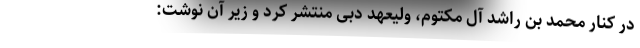
در کنار محمد بن راشد آل مکتوم، ولیعهد دبی منتشر کرد و زیر آن نوشت: